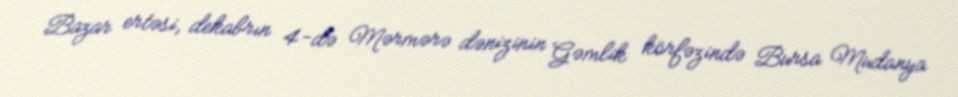
Bazar ertəsi, dekabrın 4-də Mərmərə dənizinin Gəmlik körfəzində Bursa Mudanya